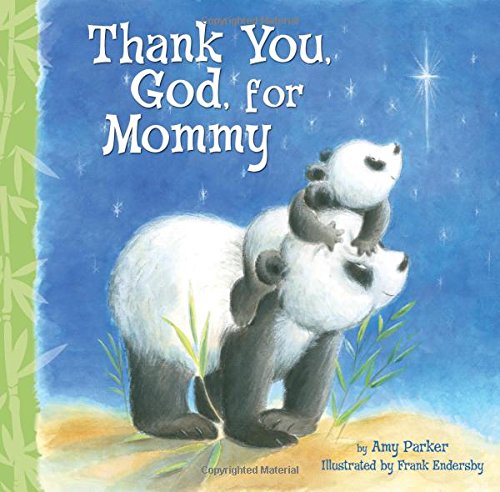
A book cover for Thank You, God, For Mommy; Amy Parker; Christian Books & Bibles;